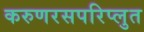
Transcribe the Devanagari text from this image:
करुणरसपरिप्लुत